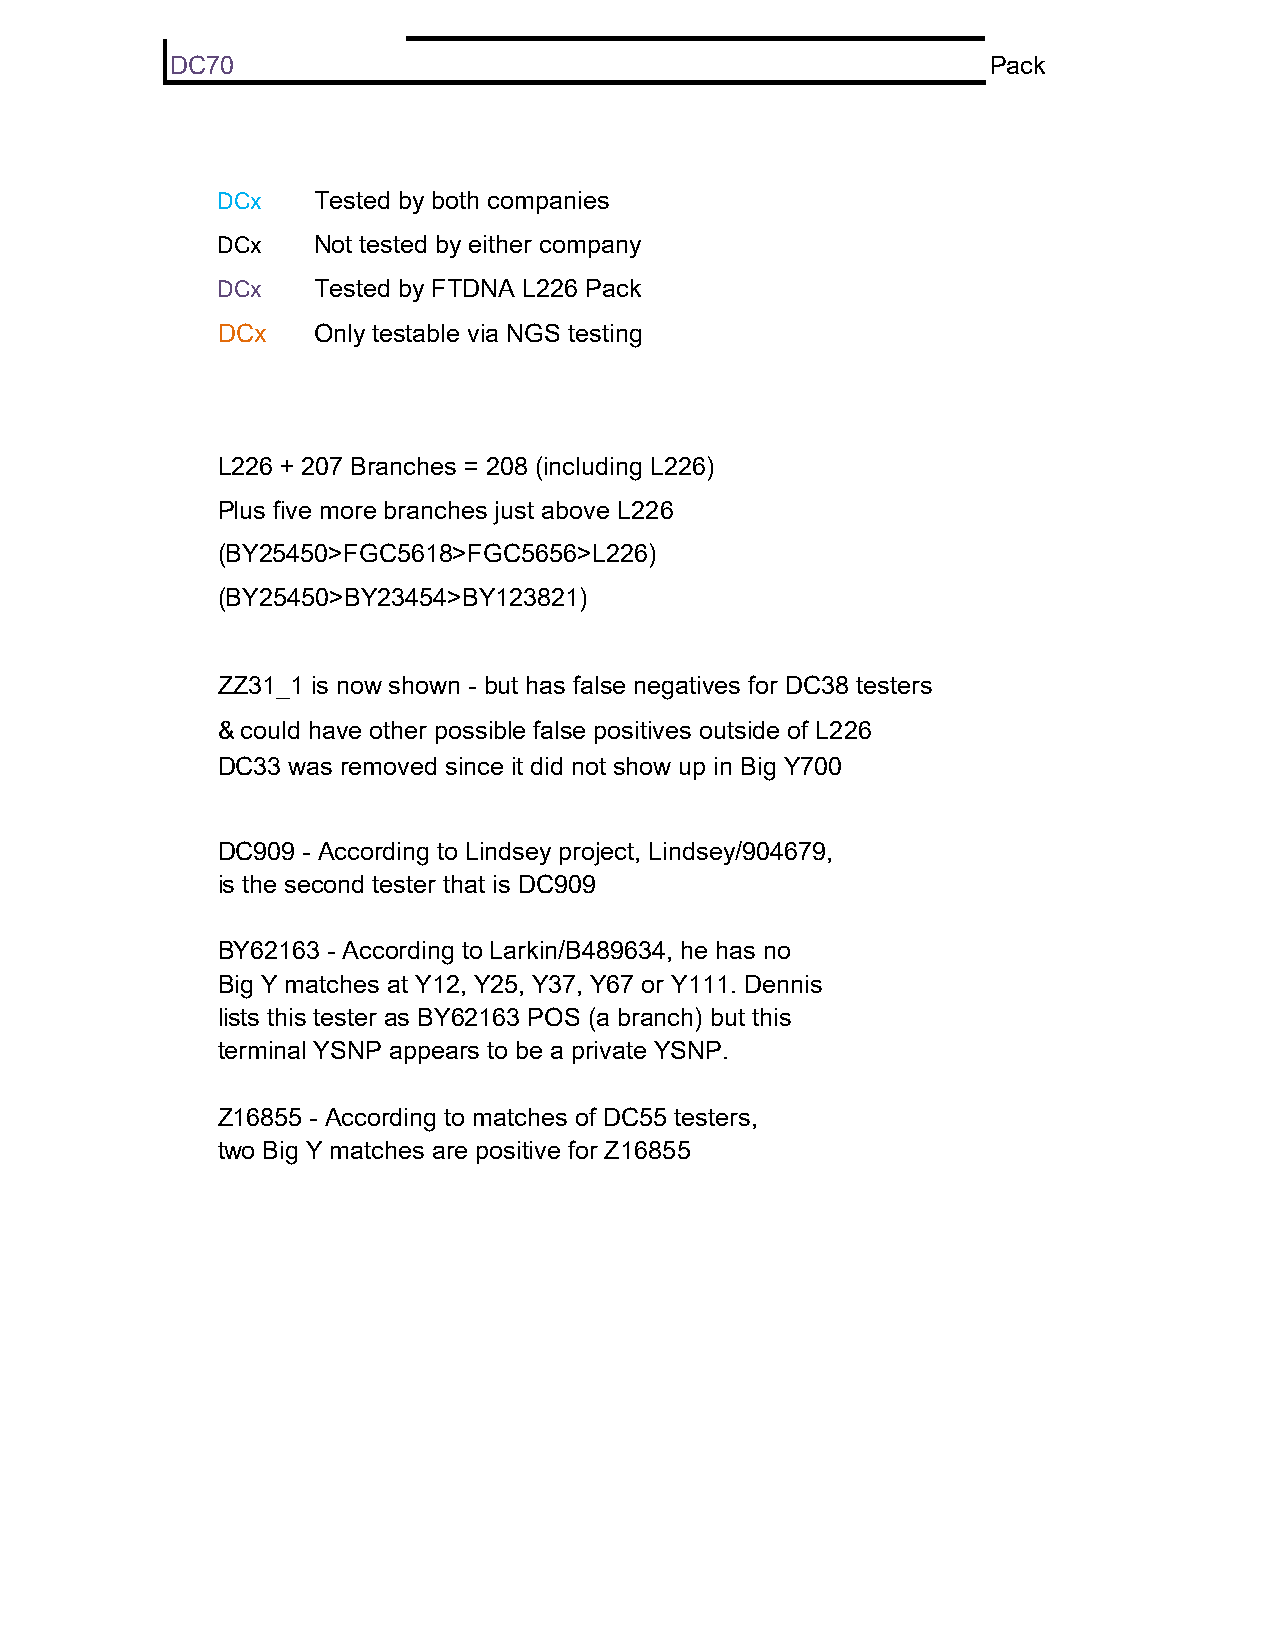
DC70                                                   Pack
 DCx    Tested by both companies
 DCx    Not tested by either company
 DCx    Tested by FTDNA L226 Pack
 DCx    Only testable via NGS testing
 L226 + 207 Branches = 208 (including L226)
 Plus five more branches just above L226
 (BY25450>FGC5618>FGC5656>L226)
 (BY25450>BY23454>BY123821)
 ZZ31_1 is now shown - but has false negatives for DC38 testers
 & could have other possible false positives outside of L226
 DC33 was removed since it did not show up in Big Y700
 DC909 - According to Lindsey project, Lindsey/904679,
 is the second tester that is DC909
 BY62163 - According to Larkin/B489634, he has no
 Big Y matches at Y12, Y25, Y37, Y67 or Y111. Dennis
 lists this tester as BY62163 POS (a branch) but this
 terminal YSNP appears to be a private YSNP.
 Z16855 - According to matches of DC55 testers,
 two Big Y matches are positive for Z16855